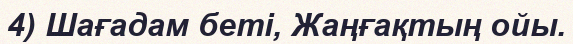
4) Шағадам беті, Жаңғақтың ойы.